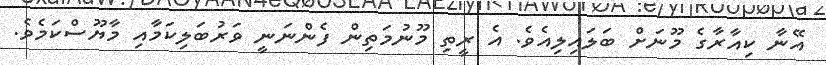
އޭނާ ކިއާރާގެ މޫނަށް ބަލައިލިއެވެ. އެ ރީތި މޫނުމަތިން ފެންނަނީ ވަރުބަލިކަމާއި މާޔޫސްކަމެވެ.